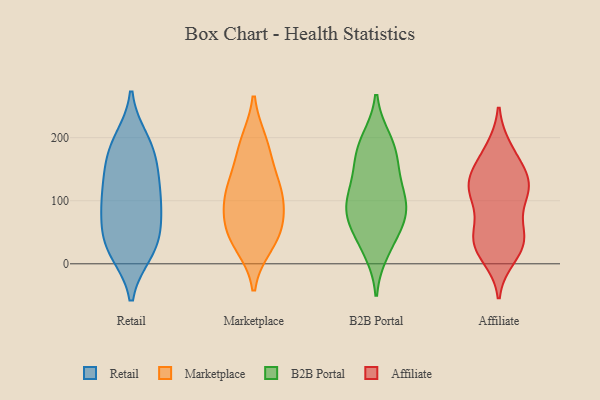
{"axis": {"x": "Headcount", "y": "Value"}, "legend": ["Affiliate", "B2B Portal", "Marketplace", "Retail"], "data": [{"x": "", "y": 180, "type": "Retail"}, {"x": "", "y": 102, "type": "Retail"}, {"x": "", "y": 131, "type": "Retail"}, {"x": "", "y": 193, "type": "Retail"}, {"x": "", "y": 82, "type": "Retail"}, {"x": "", "y": 37, "type": "Retail"}, {"x": "", "y": 100, "type": "Retail"}, {"x": "", "y": 197, "type": "Retail"}, {"x": "", "y": 20, "type": "Retail"}, {"x": "", "y": 158, "type": "Retail"}, {"x": "", "y": 55, "type": "Retail"}, {"x": "", "y": 18, "type": "Retail"}, {"x": "", "y": 113, "type": "Retail"}, {"x": "", "y": 66, "type": "Retail"}, {"x": "", "y": 21, "type": "Retail"}, {"x": "", "y": 153, "type": "Retail"}, {"x": "", "y": 98, "type": "Marketplace"}, {"x": "", "y": 117, "type": "Marketplace"}, {"x": "", "y": 69, "type": "Marketplace"}, {"x": "", "y": 47, "type": "Marketplace"}, {"x": "", "y": 32, "type": "Marketplace"}, {"x": "", "y": 191, "type": "Marketplace"}, {"x": "", "y": 47, "type": "Marketplace"}, {"x": "", "y": 108, "type": "Marketplace"}, {"x": "", "y": 183, "type": "Marketplace"}, {"x": "", "y": 133, "type": "Marketplace"}, {"x": "", "y": 21, "type": "B2B Portal"}, {"x": "", "y": 79, "type": "B2B Portal"}, {"x": "", "y": 159, "type": "B2B Portal"}, {"x": "", "y": 131, "type": "B2B Portal"}, {"x": "", "y": 99, "type": "B2B Portal"}, {"x": "", "y": 190, "type": "B2B Portal"}, {"x": "", "y": 169, "type": "B2B Portal"}, {"x": "", "y": 63, "type": "B2B Portal"}, {"x": "", "y": 111, "type": "B2B Portal"}, {"x": "", "y": 196, "type": "B2B Portal"}, {"x": "", "y": 83, "type": "B2B Portal"}, {"x": "", "y": 84, "type": "B2B Portal"}, {"x": "", "y": 36, "type": "B2B Portal"}, {"x": "", "y": 29, "type": "Affiliate"}, {"x": "", "y": 128, "type": "Affiliate"}, {"x": "", "y": 176, "type": "Affiliate"}, {"x": "", "y": 121, "type": "Affiliate"}, {"x": "", "y": 113, "type": "Affiliate"}, {"x": "", "y": 49, "type": "Affiliate"}, {"x": "", "y": 39, "type": "Affiliate"}, {"x": "", "y": 36, "type": "Affiliate"}, {"x": "", "y": 102, "type": "Affiliate"}, {"x": "", "y": 24, "type": "Affiliate"}, {"x": "", "y": 136, "type": "Affiliate"}, {"x": "", "y": 181, "type": "Affiliate"}, {"x": "", "y": 127, "type": "Affiliate"}, {"x": "", "y": 112, "type": "Affiliate"}, {"x": "", "y": 12, "type": "Affiliate"}, {"x": "", "y": 57, "type": "Affiliate"}, {"x": "", "y": 153, "type": "Affiliate"}]}